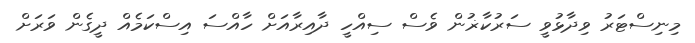
މިނިސްޓަރު ވިދާޅުވީ ސަރުކާޜުން ވެސް ސިއްހީ ދާއިރާއަށް ހާއްސަ އިސްކަމެއް ދީގެން ވަރަށް